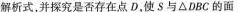
解析式，并探究是否存在点D，使S与\bigtriangleupDBC的面